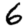
Digit: 6